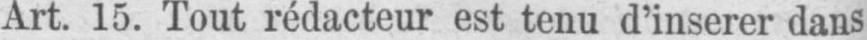
Art. 15. Tout rédacteur est tenu d’inserer dans